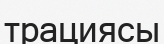
трациясы